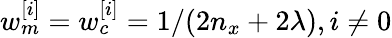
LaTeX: w_{m}^{[i]}=w_{c}^{[i]}=1/(2n_{x}+2\lambda),i\neq 0